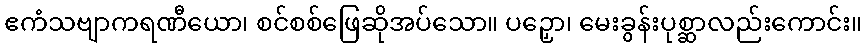
ဧကံသဗျာကရဏီယော၊ စင်စစ်ဖြေဆိုအပ်သော။ ပဉှော၊ မေးခွန်းပုစ္ဆာလည်းကောင်း။